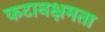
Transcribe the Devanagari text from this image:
कटानक्षमता